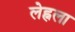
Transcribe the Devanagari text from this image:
लेह्नला